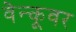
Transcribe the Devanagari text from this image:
वेन्कूवर